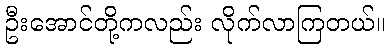
ဦးအောင်တို့ကလည်း လိုက်လာကြတယ်။